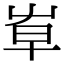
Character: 𡴐